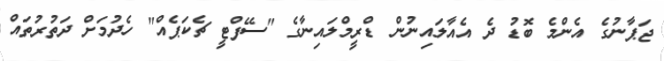
ޖަޕާނުގެ އެންމެ ބޮޑު ދެ އެއާލައިނުން ޑްރީމްލައިނާގެ "ސޭފްޓީ ޗެކަޕެއް" ހެދުމަށް ދަތުރުތައް